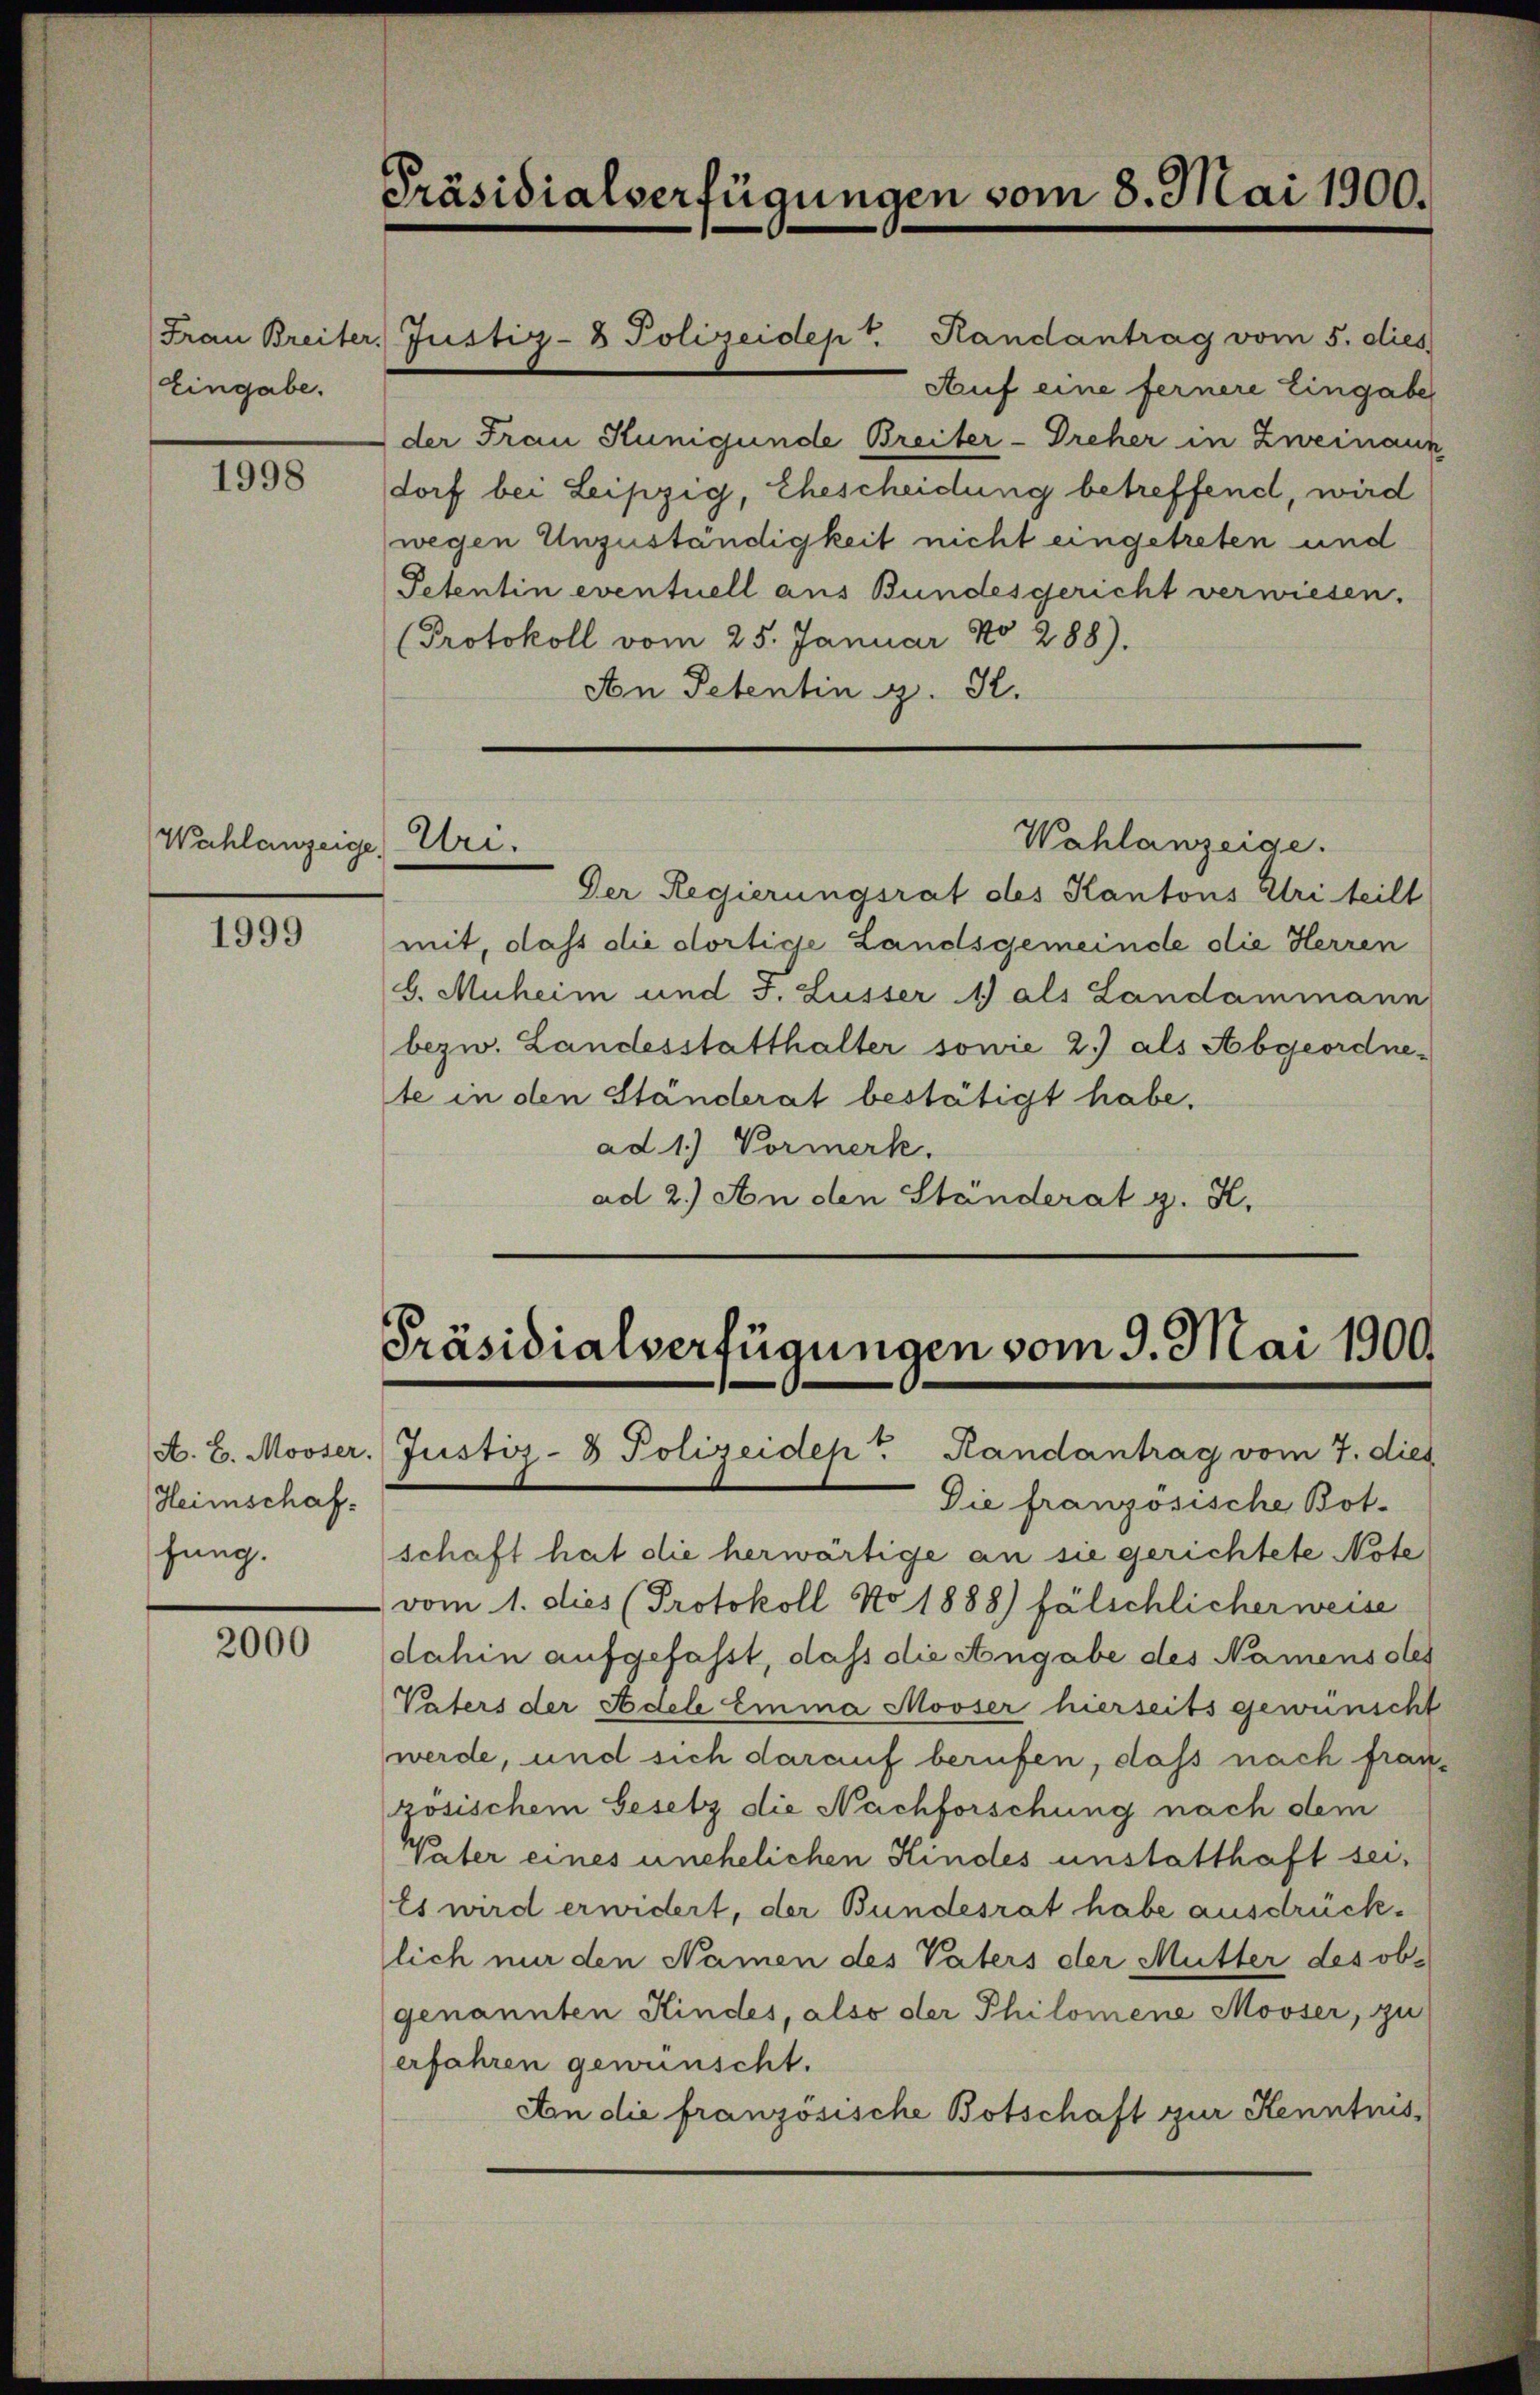
Eingabe.

1998

Wahlanzeige, Uri.

1999

Heimschafhung.

2000

Präsidialverfügungen vom 8. Mai 1900.

Frau Breiter, Justiz- & Polizeidept. Handantrag vom 5. dies

dorf bei Leipzig, Ehescheidung betreffend, wird
wegen Unzuständigkeit nicht eingetreten und
Petentin eventuell aus Bundesgericht verwiesen.
Protokoll vom 25. Januar No 288).
An Petentin z. S.

Auf eine fernere Eingabe
der Frau Kunigunde Breiter-Dreher in Zweinaus

Wahlanzeige.

Der Regierungsrat des Kantons Uri teilt
mit, dass die dortige Landsgemeinde die Herren
b. Muheim und J. Lusser 1) als Landammann
bezw. Landesstatthalter sowie 2.) als Abgeordnete in den Ständerat bestätigt habe.
ad 1.) Vormerk.
ad 2.) An den Ständerat g. H.

Präsidialverfügungen vom 9. Mai 1900.
A. E. Mooser. Justiz- & Polizeiden Randantrag vom 7. dies

Die französische Bot.
schaft hat die herwärtige an sie gerichtete Note
vom 1. dies (Protokoll No 1888) fälschlicher weise
dahin aufgefasst, daß die Angabe des Namens des
Vaters der Adele Emma Mooser hierseits gewünscht
werde, und sich darauf berufen, daß nach französischem Gesetz die Nachforschung nach dem
Vater eines unehelichen Kindes unstatthaft sei¬
Es wird erwidert, der Bundesrat habe ausdrücklich nur den Namen des Vaters der Mutter des obe
genannten Kindes, also der Philomene Mooser, zu
erfahren gewünscht.
An die französische Botschaft zur Kenntnis